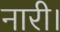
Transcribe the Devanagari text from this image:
नारी।